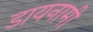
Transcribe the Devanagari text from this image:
डायनामी